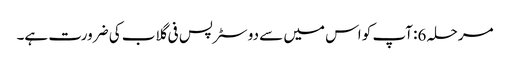
مرحلہ 6: آپ کو اس میں سے دو سٹرپس فی گلاب کی ضرورت ہے۔